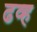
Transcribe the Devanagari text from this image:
ढव्ह